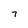
Character: 7